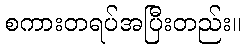
စကားတရပ်အပြီးတည်း။